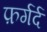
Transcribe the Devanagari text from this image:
फ़र्गर्द